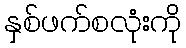
နှစ်ဖက်စလုံးကို